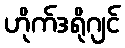
ဟိုက်ဒရိုဂျင်